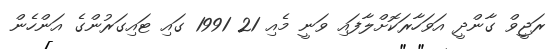
ރަޖީވް ގާންދީ އަވަހާރަކޮށްލާފައި ވަނީ މެއި 21 1991 ގައި ޓައިގަރުންގެ އަންހެން